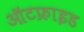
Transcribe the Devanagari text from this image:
ऑटफ्राइड